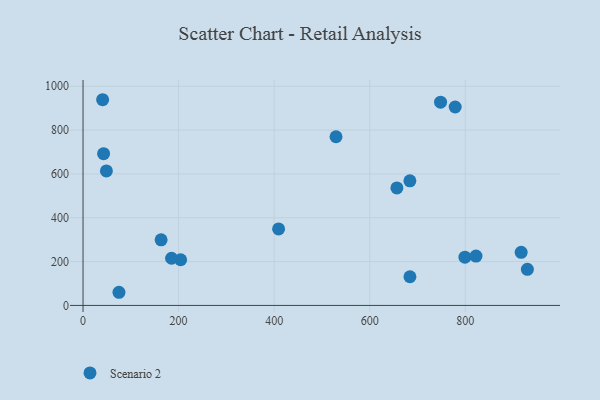
{"axis": {"x": "Price", "y": "Profit"}, "legend": ["Scenario 2"], "data": [{"x": "684.1", "y": 568.3, "type": "Scenario 2"}, {"x": "204.3", "y": 208.3, "type": "Scenario 2"}, {"x": "43.0", "y": 692.5, "type": "Scenario 2"}, {"x": "799.3", "y": 219.9, "type": "Scenario 2"}, {"x": "778.9", "y": 905.3, "type": "Scenario 2"}, {"x": "163.4", "y": 299.1, "type": "Scenario 2"}, {"x": "748.3", "y": 927.4, "type": "Scenario 2"}, {"x": "41.0", "y": 938.4, "type": "Scenario 2"}, {"x": "75.2", "y": 60.0, "type": "Scenario 2"}, {"x": "822.5", "y": 225.2, "type": "Scenario 2"}, {"x": "529.5", "y": 769.4, "type": "Scenario 2"}, {"x": "917.0", "y": 242.1, "type": "Scenario 2"}, {"x": "48.9", "y": 613.7, "type": "Scenario 2"}, {"x": "185.3", "y": 215.3, "type": "Scenario 2"}, {"x": "930.0", "y": 164.8, "type": "Scenario 2"}, {"x": "684.2", "y": 130.8, "type": "Scenario 2"}, {"x": "409.3", "y": 349.2, "type": "Scenario 2"}, {"x": "656.9", "y": 536.1, "type": "Scenario 2"}]}